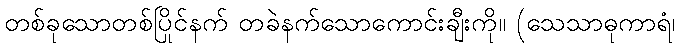
တစ်ခုသောတစ်ပြိုင်နက် တခဲနက်သောကောင်းချီးကို။ (သေသာဓုကာရံ၊